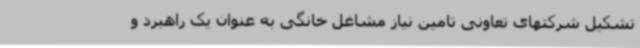
تشکیل شرکتهای تعاونی تامین نیاز مشاغل خانگی به عنوان یک راهبرد و